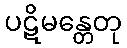
ပဋိမန္တေတု